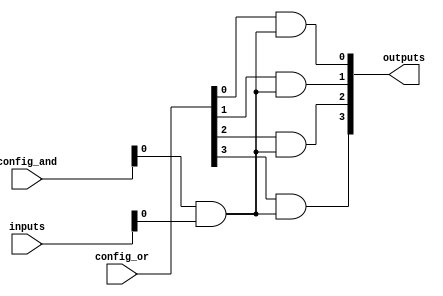
module GAL_CLB (
    input wire [N-1:0] inputs,         // N input signals
    input wire [M-1:0] config_and,     // Configuration for AND plane
    input wire [P-1:0] config_or,      // Configuration for OR plane
    output wire [O-1:0] outputs        // O output signals
);

parameter N = 8;          // Number of inputs
parameter M = 16;         // Number of AND gates (product terms)
parameter P = 4;          // Number of OR gates (output terms)
parameter O = 4;          // Number of outputs

// Internal wire declarations
wire [M-1:0] and_out;     // Outputs from AND gates
wire [P-1:0] or_in;       // Inputs to OR gates

// AND Plane: programmable AND gates
genvar i, j;
generate
    for (i = 0; i < M; i = i + 1) begin : and_plane
        assign and_out[i] = (config_and[i] & inputs); // Example AND gate logic
    end
endgenerate

// OR Plane: programmable OR gates
generate
    for (j = 0; j < O; j = j + 1) begin : or_plane
        assign outputs[j] = (config_or[j] & and_out); // Combine AND outputs
    end
endgenerate

endmodule